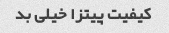
کیفیت پیتزا خیلی بد